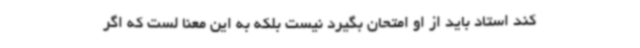
کند استاد باید از او امتحان بگیرد نیست بلکه به این معنا لست که اگر